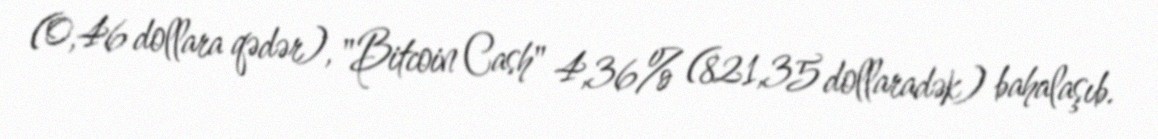
(0,46 dollara qədər), "Bitcoin Cash" 4,36% (821,35 dollaradək) bahalaşıb.